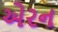
એરન